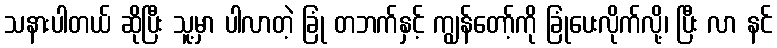
သနားပါတယ် ဆိုပြီး သူ့မှာ ပါလာတဲ့ ခြုံ တဘက်နှင့် ကျွန်တော့်ကို ခြုံပေးလိုက်လို့၊ ပြီး လာ နင်